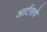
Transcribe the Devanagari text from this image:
आर्टसचे